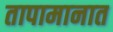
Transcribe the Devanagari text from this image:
तापामानात